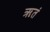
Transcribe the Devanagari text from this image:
ॠतं